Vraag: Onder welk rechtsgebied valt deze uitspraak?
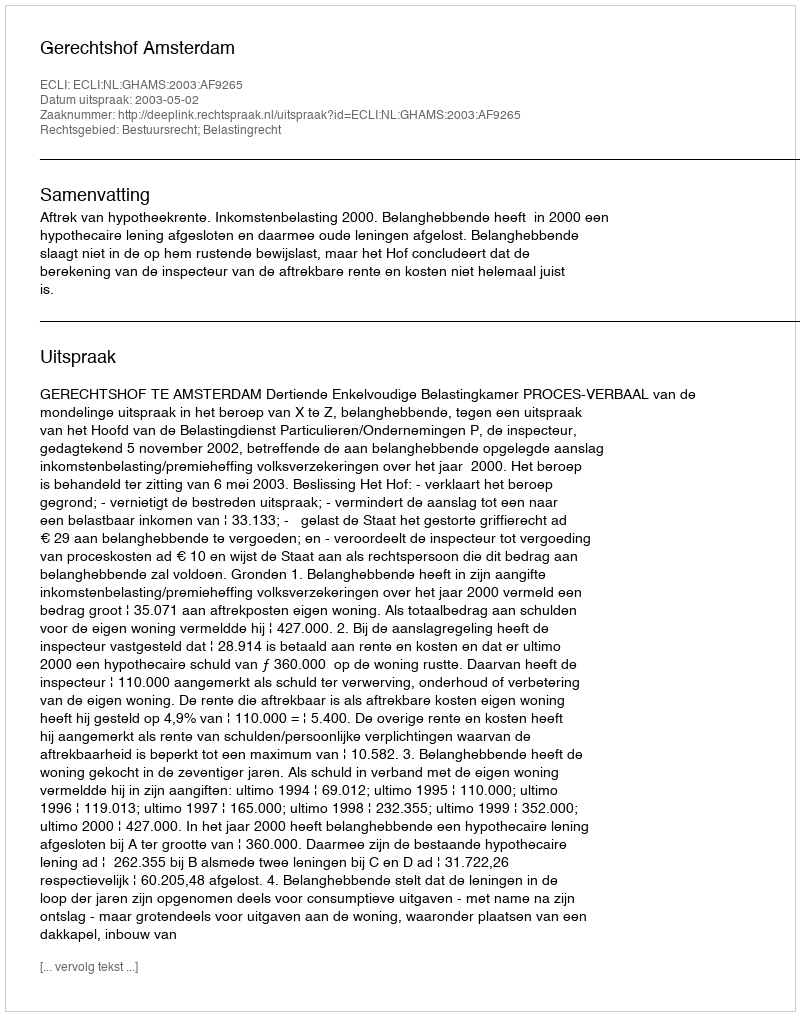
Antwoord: Bestuursrecht; Belastingrecht